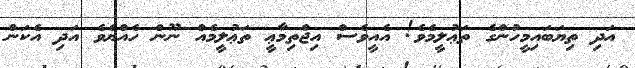
އަދި ތިޔަބައިމީހުންގެ ތަޢުލީމެވެ! އެއީވެސް އިޖްތިމާޢީ ތަޢުލީމެއް ނޫން ހެއްޔެވެ އަދި އެކަން